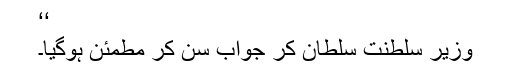
‘‘
وزیر سلطنت سلطان کر جواب سن کر مطمئن ہوگیا۔